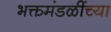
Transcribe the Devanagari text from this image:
भक्तमंडळींच्या